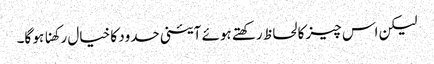
لیکن اس چیز کا لحاظ رکھتے ہوئے آئینی حدود کا خیال رکھنا ہو گا۔